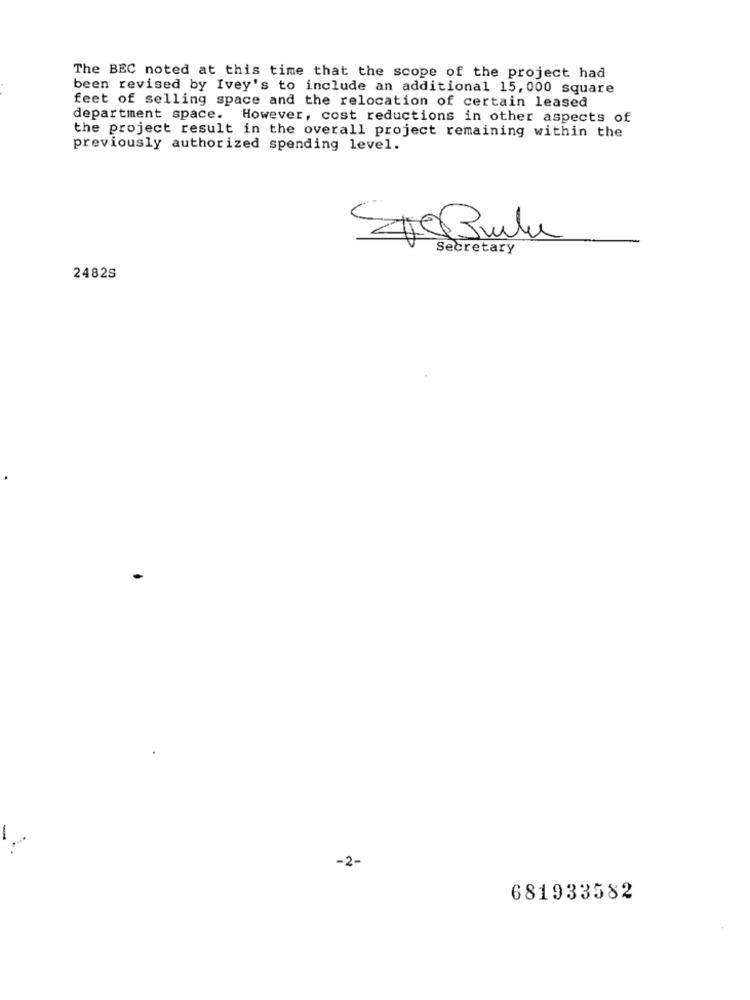
The BEC noted at this time that the scope of the project had
been revised by Ivey's to include an additional 15,000 square
feet of selling space and the relocation of certain leased
department space. However, cost reductions in other aspects of
the project result in the overall project remaining within the
previously authorized spending level.
CeBula
Secretary
2482S
-2-
681933582